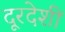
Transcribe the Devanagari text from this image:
दूरदेशीं